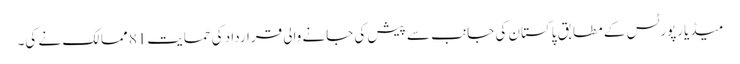
میڈیارپورٹس کے مطابق پاکستان کی جانب سے پیش کی جانے والی قرارداد کی حمایت81 ممالک نے کی۔